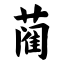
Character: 蔺